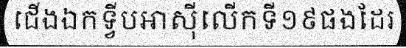
ជើងឯកទ្វីបអាស៊ីលើកទី១៩ផងដែរ